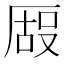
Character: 𫨒